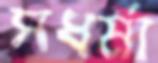
সধর্মা